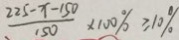
\frac { 2 2 5 - x - 1 5 0 } { 1 5 0 } \times 1 0 0 \% \geq 1 0 \%